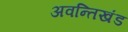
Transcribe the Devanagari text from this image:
अवन्तिखंड